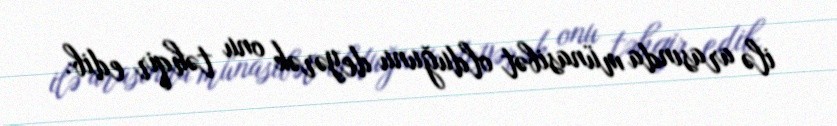
ilə arasında münasibət olduğunu deyərək onu təhqir edib.